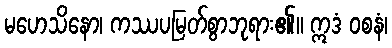
မဟေသိနော၊ ကဿပမြတ်စွာဘုရား၏။ ဣဒံ ဝစနံ၊